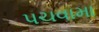
પચવામા